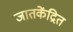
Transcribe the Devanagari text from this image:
जातकेंद्रित